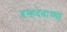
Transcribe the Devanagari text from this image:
ब्रम्हदेवाच्या